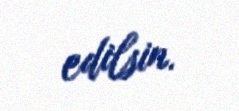
edilsin.